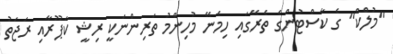
"މުލްކް" ގެ ކާސްޓުންގެ ތެރޭގައި ހިމެނޭ މުހިންމު ތަރިންނަކީ ރިޝީ ކަޕޫރާއި ރަޖަތު